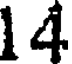
14